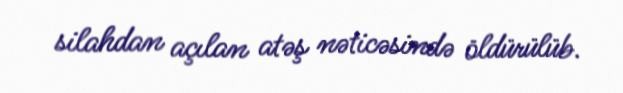
silahdan açılan atəş nəticəsində öldürülüb.